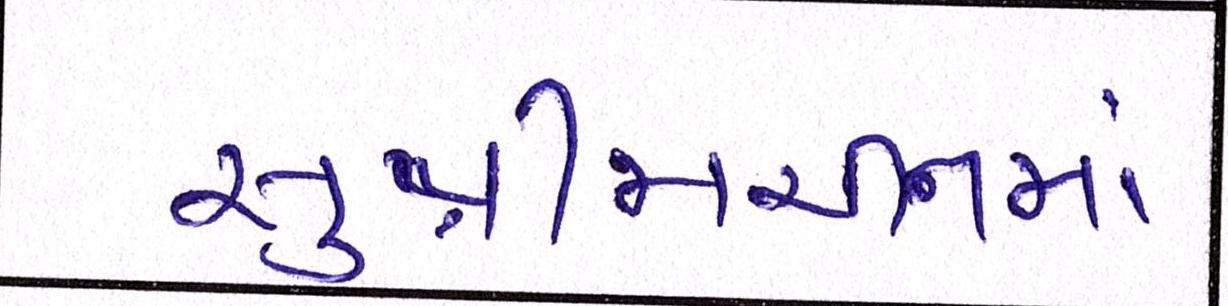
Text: સુપ્રીમચીનમાં